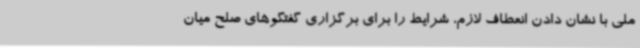
ملی با نشان دادن انعطاف لازم، شرایط را برای برگزاری گفتگوهای صلح میان